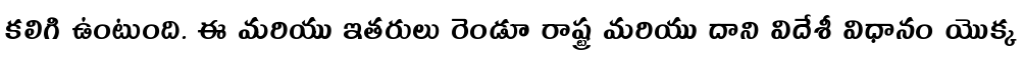
కలిగి ఉంటుంది. ఈ మరియు ఇతరులు రెండూ రాష్ట్ర మరియు దాని విదేశీ విధానం యొక్క